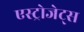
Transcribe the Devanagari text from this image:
एस्‍ट्रोजेट्स